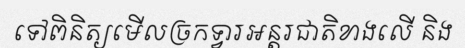
ទៅពិនិត្យមើលច្រកទ្វារអន្តរជាតិខាងលើ និង